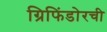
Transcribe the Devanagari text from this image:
ग्रिफिंडोरची